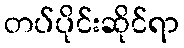
တပ်ပိုင်းဆိုင်ရာ